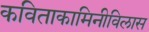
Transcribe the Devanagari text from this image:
कविताकामिनीविलास